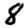
Digit: 8